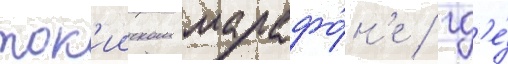
ток'ииском марафо́н'е / гд'е́